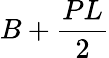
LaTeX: B+{\frac{PL}{2}}